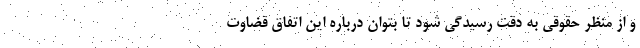
و از منظر حقوقی به دقت رسیدگی شود تا بتوان درباره این اتفاق قضاوت